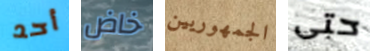
أحد خاض الجمهوريين حتى